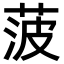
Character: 菠